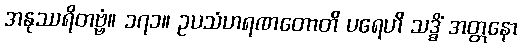
အနုဿရိတဗ္ဗံ။ ၁၇၁။ ဥပသံဟရဏတောတိ ပရေဟိ သဒ္ဓိံ အတ္တနော